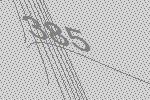
385